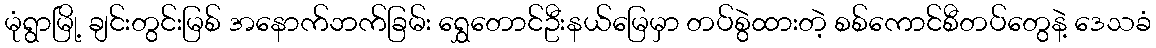
မုံရွာမြို့ ချင်းတွင်းမြစ် အနောက်ဘက်ခြမ်း ရွှေတောင်ဦးနယ်မြေမှာ တပ်စွဲထားတဲ့ စစ်ကောင်စီတပ်တွေနဲ့ ဒေသခံ